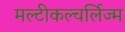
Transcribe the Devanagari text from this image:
मल्टीकल्चर्लिज्म